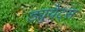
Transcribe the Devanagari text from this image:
ड्युयेट्स